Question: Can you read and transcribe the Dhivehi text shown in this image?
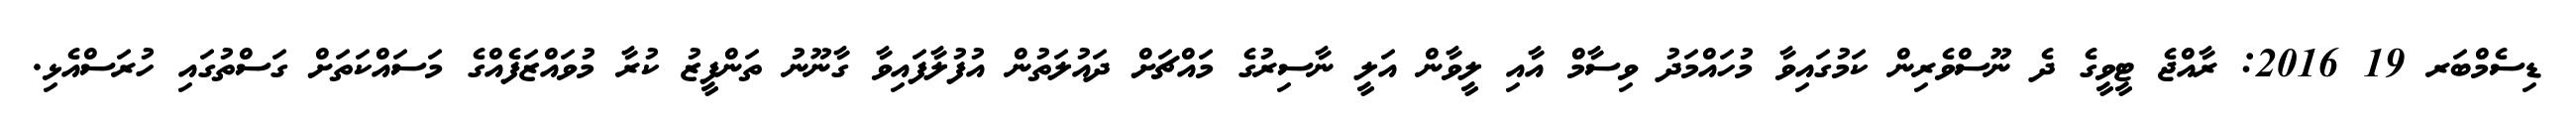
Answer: ޑިސެމްބަރ 19 2016: ރާއްޖެ ޓީވީގެ ދެ ނޫސްވެރިން ކަމުގައިވާ މުހައްމަދު ވިސާމް އާއި ލީވާން އަލީ ނާސިރުގެ މައްޗަށް ދައުލަތުން އުފުލާފައިވާ ގާނޫނު ތަންފީޒު ކުރާ މުވައްޒަފެއްގެ މަސައްކަތަށް ގަސްތުގައި ހުރަސްއެޅި.